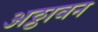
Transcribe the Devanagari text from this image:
अठ्ठावन